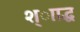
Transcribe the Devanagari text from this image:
श्ााद्ध